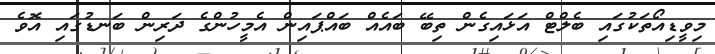
މިވީޑިއޯތަކުގައި ބެލްޓް އަޅައިގެން ތިބޭ ބައެއް ބައްޕައިން އެމީހުންގެ ދަރިން ބަނޑުގައި އޮވެ